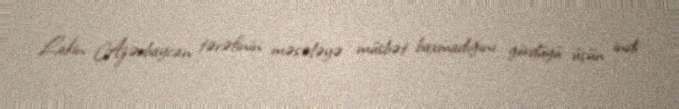
Lakin Azərbaycan tərəfinin məsələyə müsbət baxmadığını gördüyü üçün indi